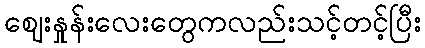
ဈေးနှုန်းလေးတွေကလည်းသင့်တင့်ပြီး